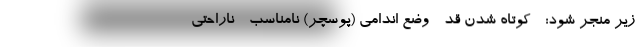
زیر منجر شود: - کوتاه شدن قد - وضع اندامی (پوسچر) نامناسب - ناراحتی